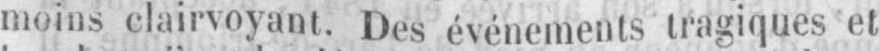
moins clairvoyant. Des événements tragiques et